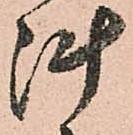
陣